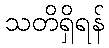
သတိရှိရန်